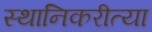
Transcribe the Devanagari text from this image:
स्थानिकरीत्या